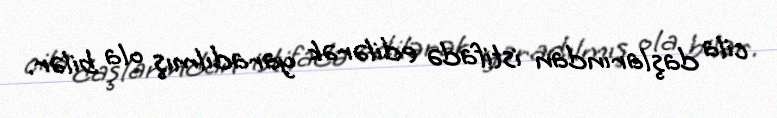
cila daşlarından istifadə edilərək yaradılmış ola bilər.